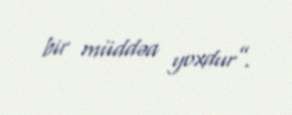
bir müddəa yoxdur”.